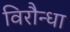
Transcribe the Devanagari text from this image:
विरौन्धा